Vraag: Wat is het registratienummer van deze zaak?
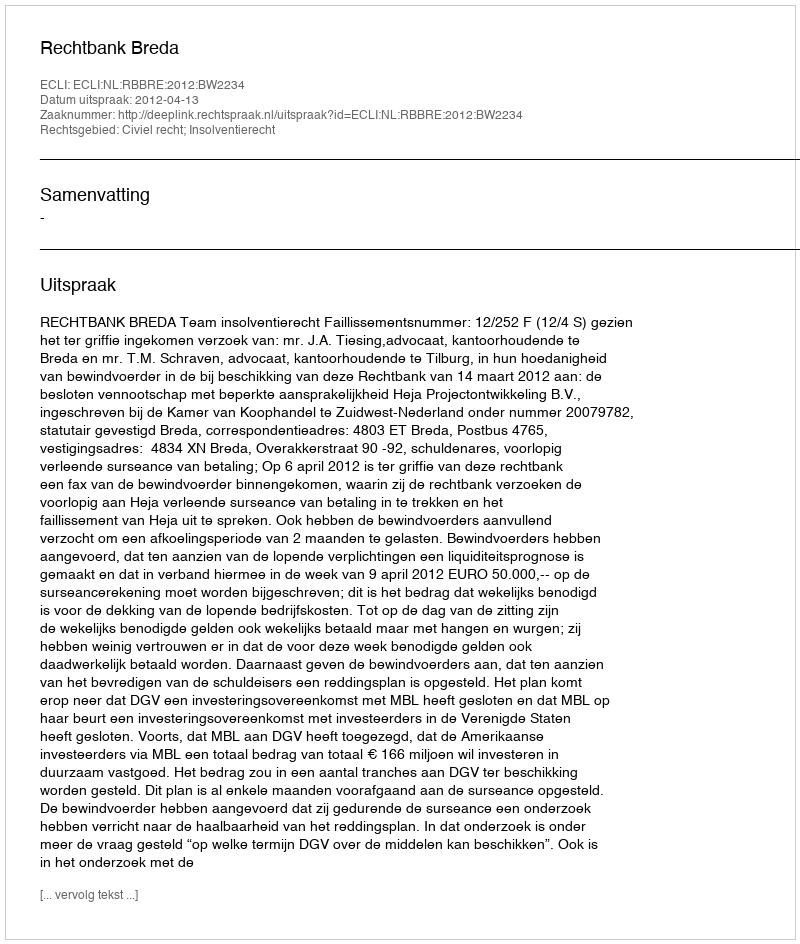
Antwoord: http://deeplink.rechtspraak.nl/uitspraak?id=ECLI:NL:RBBRE:2012:BW2234